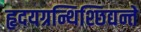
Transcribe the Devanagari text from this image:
हृदयग्रन्थिश्छिद्यन्ते